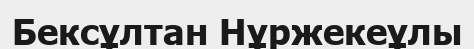
Бексұлтан Нұржекеұлы